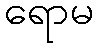
ရောမ